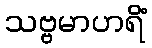
သဗ္ဗမာဟရိံ